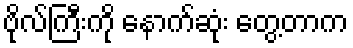
ဗိုလ်ကြီးကို နောက်ဆုံး တွေ့တာက